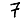
Digit: 7